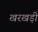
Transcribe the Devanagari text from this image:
खरखड़ी